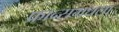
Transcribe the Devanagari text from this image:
फ्रान्समधला